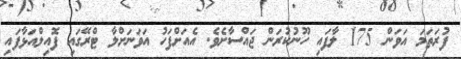
ފުރަތަމަ އަވަން 175 ލާފައި ހޫނުކުރަން ޖައްސާށެވެ. އެއަށްފަހު އަވަނަށްލާ ޓްރޭގައި ފޮއިލްއަޅާފައި